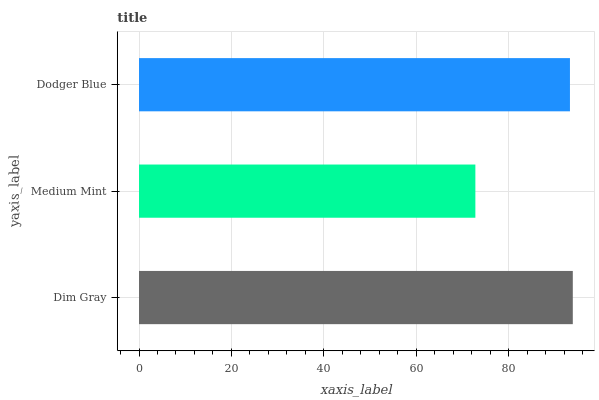
| yaxis_label | bars |
 | --- | --- |
 | Dim Gray | 93.8 |
 | Medium Mint | 72.8 |
 | Dodger Blue | 93.2 |